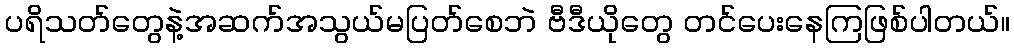
ပရိသတ်တွေနဲ့အဆက်အသွယ်မပြတ်စေဘဲ ဗီဒီယိုတွေ တင်ပေးနေကြဖြစ်ပါတယ်။